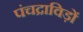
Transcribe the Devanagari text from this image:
पंचद्राविड़ों